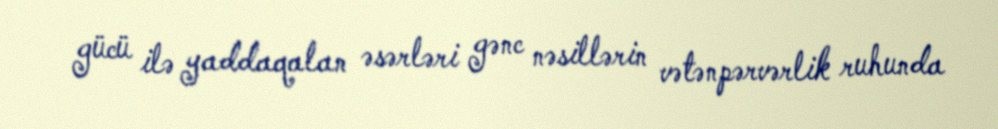
gücü ilə yaddaqalan əsərləri gənc nəsillərin vətənpərvərlik ruhunda